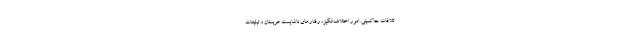
تلافات حاکمیتی. امور اختلاف‌انگیز، رفتارهای ناشایست عربستان و تبلیغات